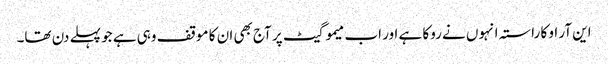
این آر او کا راستہ انہوں نے روکا ہے اور اب میمو گیٹ پر آج بھی ان کا موقف وہی ہے جو پہلے دن تھا۔